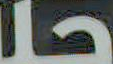
حلا